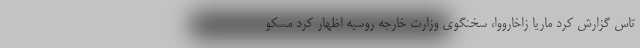
تاس گزارش کرد ماریا زاخارووا، سخنگوی وزارت خارجه روسیه اظهار کرد مسکو